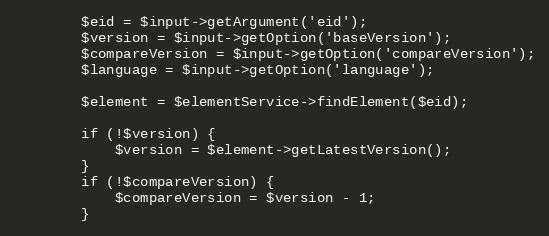
Language: PHP
        $eid = $input->getArgument('eid');
        $version = $input->getOption('baseVersion');
        $compareVersion = $input->getOption('compareVersion');
        $language = $input->getOption('language');

        $element = $elementService->findElement($eid);

        if (!$version) {
            $version = $element->getLatestVersion();
        }
        if (!$compareVersion) {
            $compareVersion = $version - 1;
        }